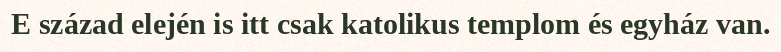
E század elején is itt csak katolikus templom és egyház van.